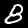
Digit: 8